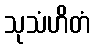
သုသံဟိတံ